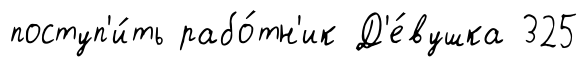
поступ'и́ть рабо́тн'ик Д'е́вушка 325